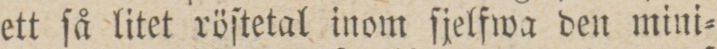
ett ſå litet röſtetal inom ſjelfwa den mini=